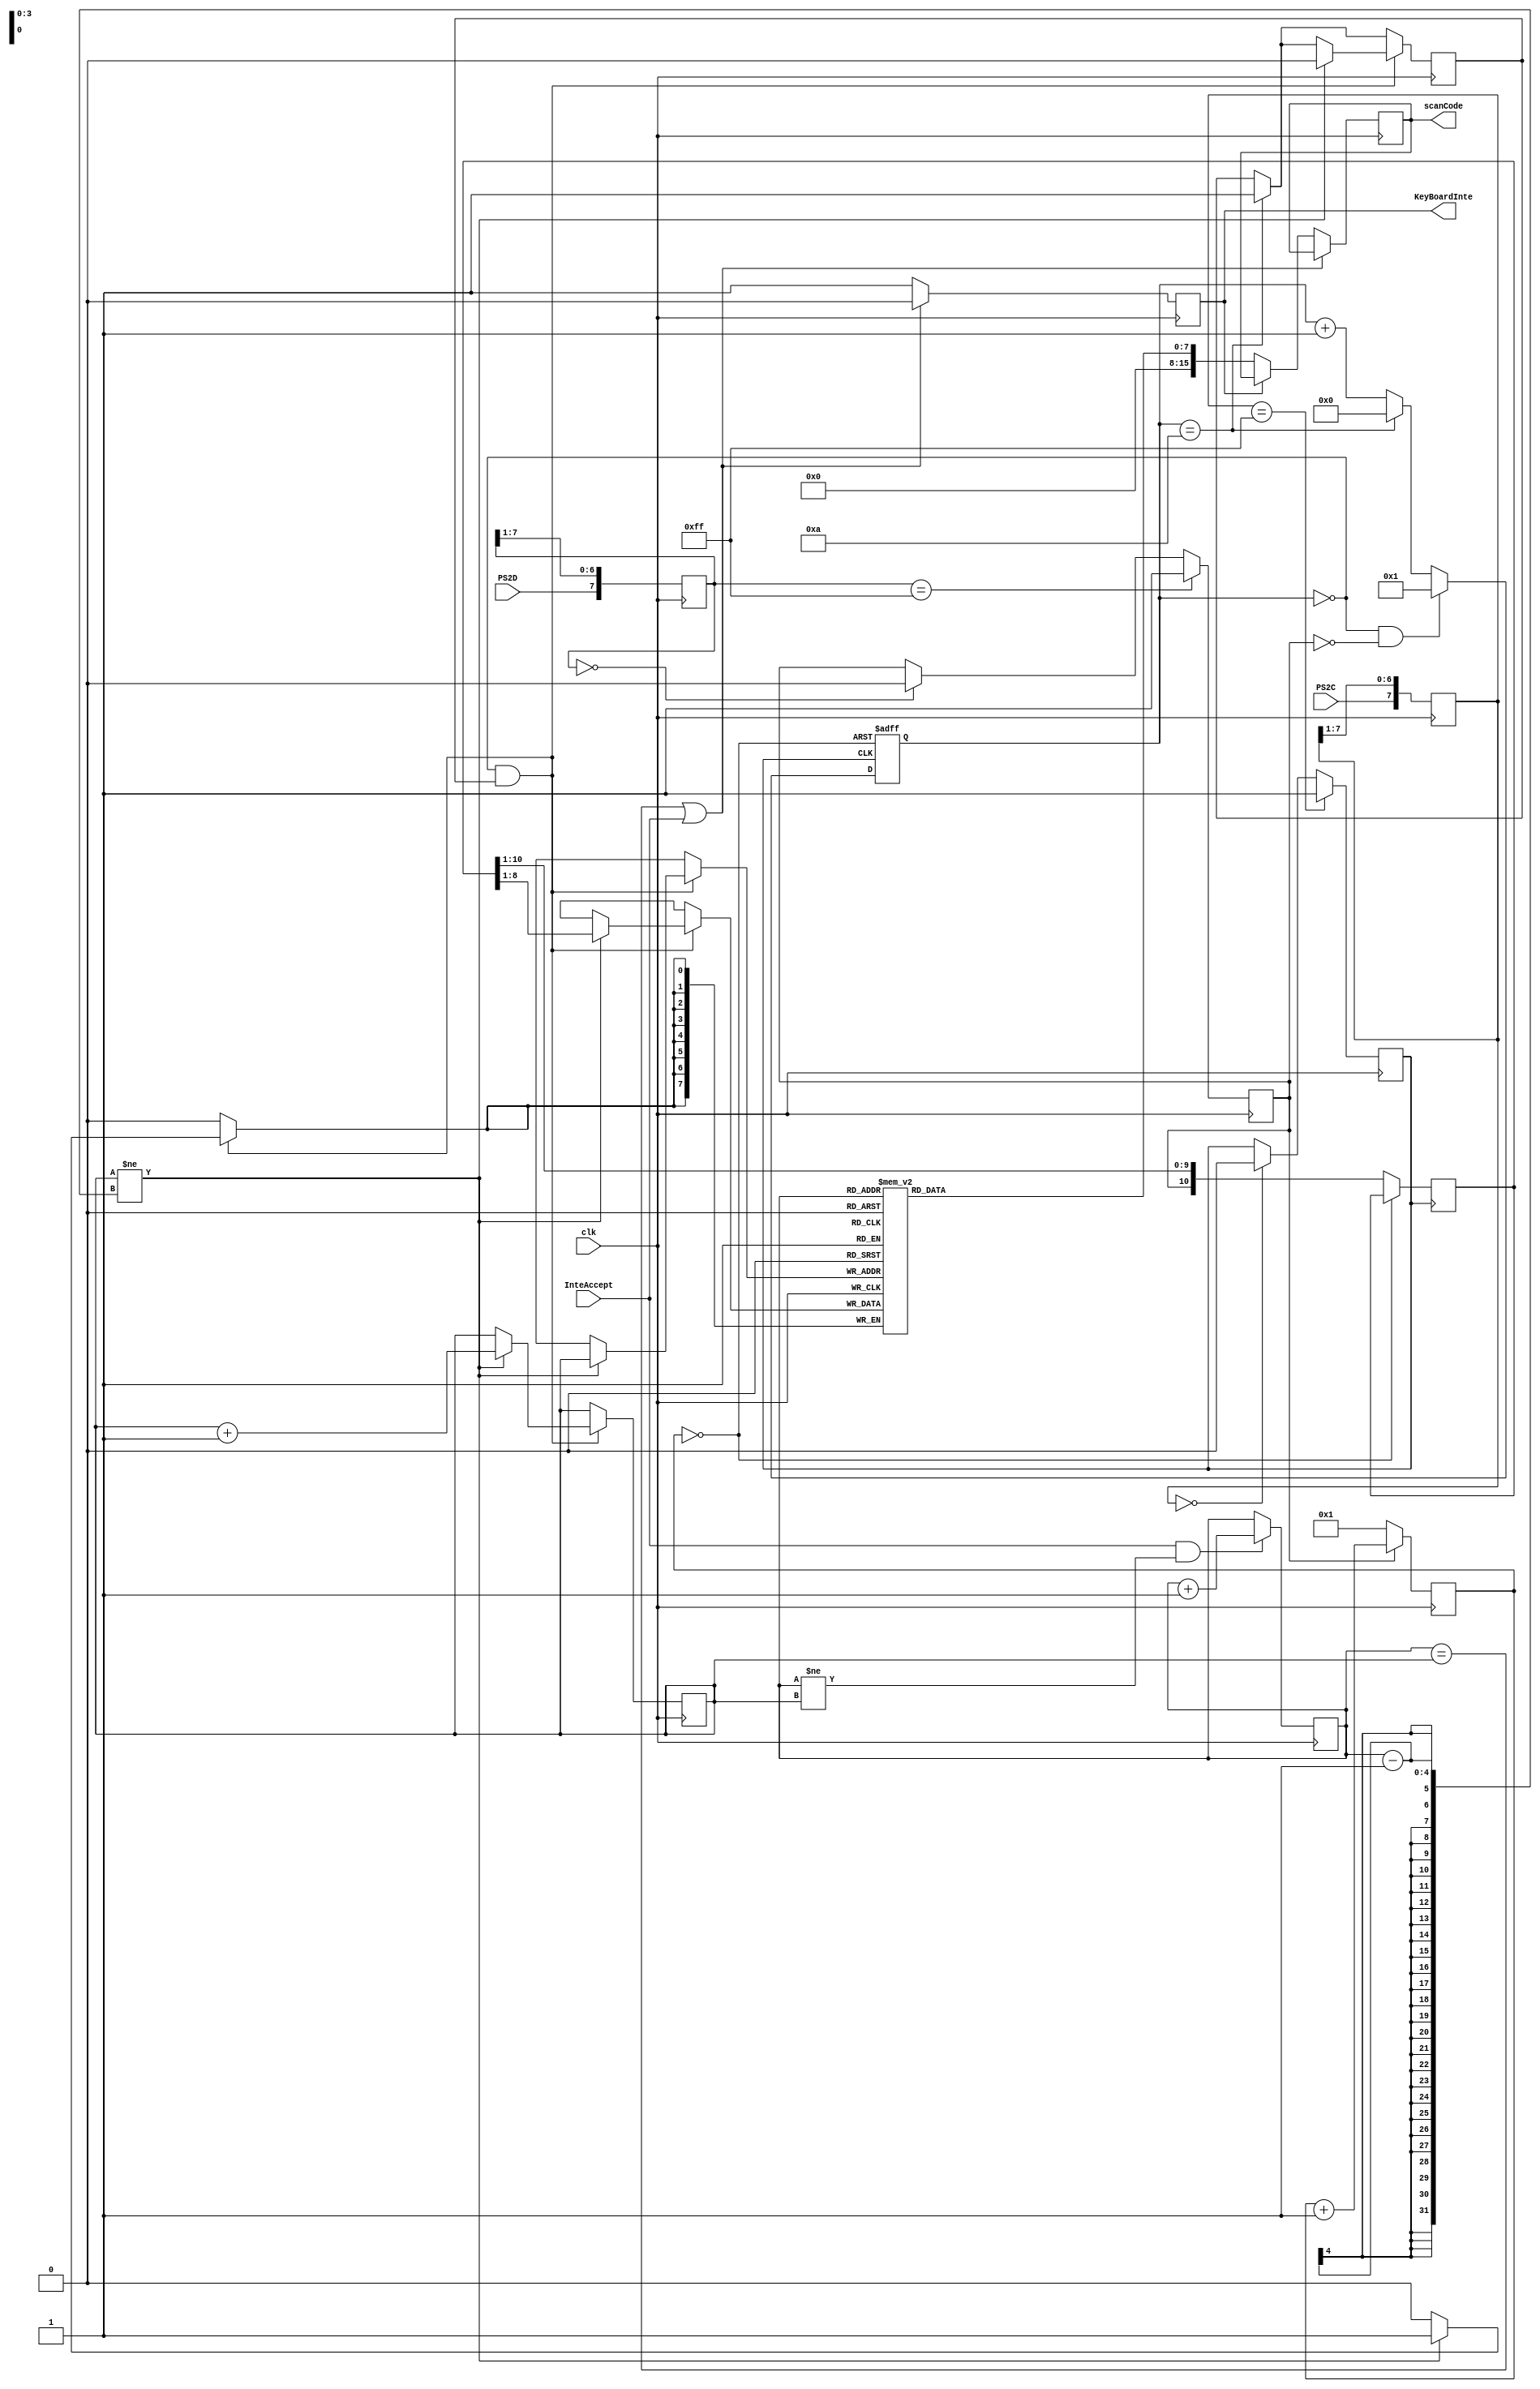
module KeyBoardControler(
input wire clk,
input wire PS2C,
input wire PS2D,
input wire InteAccept,
output reg[15:0] scanCode,
output reg KeyBoardInte
    );
/*
reg clk;
reg PS2C;
reg PS2D;
wire InteAccept;
reg en;
assign InteAccept = KeyBoardInte & en;
initial begin
	clk = 0;
	PS2C = 0;
	PS2D = 0;
	en = 0;
	#12000
	en = 1;
end
//always@(posedge clk) begin
//	InteAccept <= KeyBoardInte;
//end
always #10 begin
	 clk = ~clk;
end
always #200 begin
	PS2C = ~PS2C;
end
always #330 begin
	PS2D = ~PS2D;
end
*/
	reg[7:0] buffer[15:0];
	reg[3:0] put,get;
	reg[3:0] state;
	reg[22:0] count;
	reg PS2Cf,PS2Df;
	reg [7:0] ps2c_filter,ps2d_filter;
	reg [10:0] shift1,shift2;
	reg new;
	
	initial begin
		put<=0; 
		get<=0;
		ps2c_filter<=0;
		ps2d_filter<=0;
		PS2Cf<=1;
		PS2Df<=1;
		shift1 <= 0;
		shift2 <= 0;
		state <= 0;
		count <= 0;
		new <= 0;
		KeyBoardInte <= 0;
	end
	
	always @(posedge clk) begin
		//
		ps2c_filter[7]<=PS2C;
		ps2c_filter[6:0]<=ps2c_filter[7:1];
		ps2d_filter[7]<=PS2D;
		ps2d_filter[6:0]<=ps2d_filter[7:1];
		if(ps2c_filter == 8'b11111111)
			PS2Cf<=1;
		else begin
			if(ps2c_filter == 8'b00000000)
				PS2Cf<=0;
		end
		
		if(ps2d_filter == 8'b11111111)
			PS2Df<=1;
		else begin
			if(ps2d_filter == 8'b00000000)
				PS2Df<=0;
		end
		if(PS2Df) begin
			count <= count + 1;
		end
		else begin
			count <= 1;
		end
		if(state == 10) begin
			new <= 1;
		end
		if((state == 0) && new) begin
			if(put != get-1) begin
				buffer[put] <= shift1[8:1];
				put <= put+1;
				new <= 0;
			end
		end
		if((get == put) | InteAccept) begin
			KeyBoardInte <= 0;
		end
		else begin
			if(KeyBoardInte == 0) begin
				scanCode <= buffer[get];
				KeyBoardInte <= 1;
			end
		end
		if(InteAccept & (get != put)) begin
			get <= get + 1;
		end
	end
	wire rst;
	assign rst = (count == 0);
	
	//PS2PS2
	always @(negedge PS2Cf or posedge rst) begin
		if(rst) begin
			state <= 0;
		end
		else begin
			shift1<={PS2Df,shift1[10:1]};
			shift2<={shift1[0],shift2[10:1]};//
			
			if(state == 0 && PS2Df == 0) begin
				state <= 1;
			end
			else if(state == 10) begin
				state <= 0;
			end
			else begin
				state <= state + 1;
			end
		end
	end
endmodule